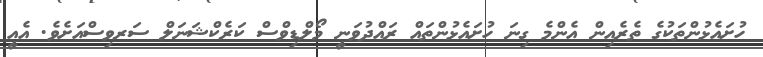
ހުށައެޅުންތަކުގެ ތެރެއިން އެންމެ ގިނަ ހުށައެޅުންތައް ރައްދުވަނީ މޯލްޑިވްސް ކަރެކްޝަނަލް ސަރވިސްއަށެވެ. އެއީ